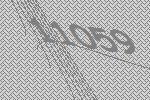
11059